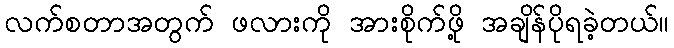
လက်စတာအတွက် ဖလားကို အားစိုက်ဖို့ အချိန်ပိုရခဲ့တယ်။